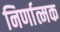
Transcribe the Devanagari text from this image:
निर्णात्मक